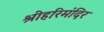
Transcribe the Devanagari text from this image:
श्रीहरिमंदिर